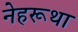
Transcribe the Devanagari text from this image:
नेहरूथा